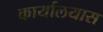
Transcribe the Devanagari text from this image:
कार्यालयास